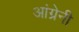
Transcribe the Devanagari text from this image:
आंग्रेनी